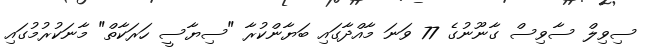
ސިވިލް ސާވިސް ގާނޫނުގެ 77 ވަނަ މާއްދާގައި ބަޔާންކުރާ "ސިޔާސީ ހަރަކާތް" މާނަކުރުމުގައި